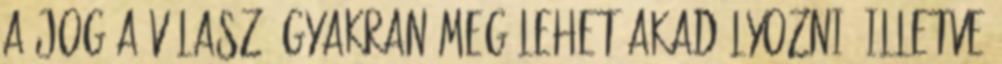
a jog a válasz, gyakran meg lehet akadályozni, illetve